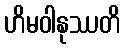
ဟိမဝါနုဿတိ